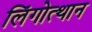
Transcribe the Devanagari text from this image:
लिंगोत्थान